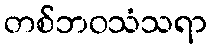
တစ်ဘဝသံသရာ